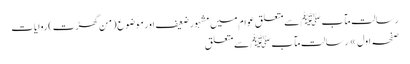
رسالت مآب ﷺ سے متعلق عوام میں مشہور ضعیف اور موضوع (من گھڑت) روایات
صفحہ اول » رسالت مآب ﷺ سے متعلق